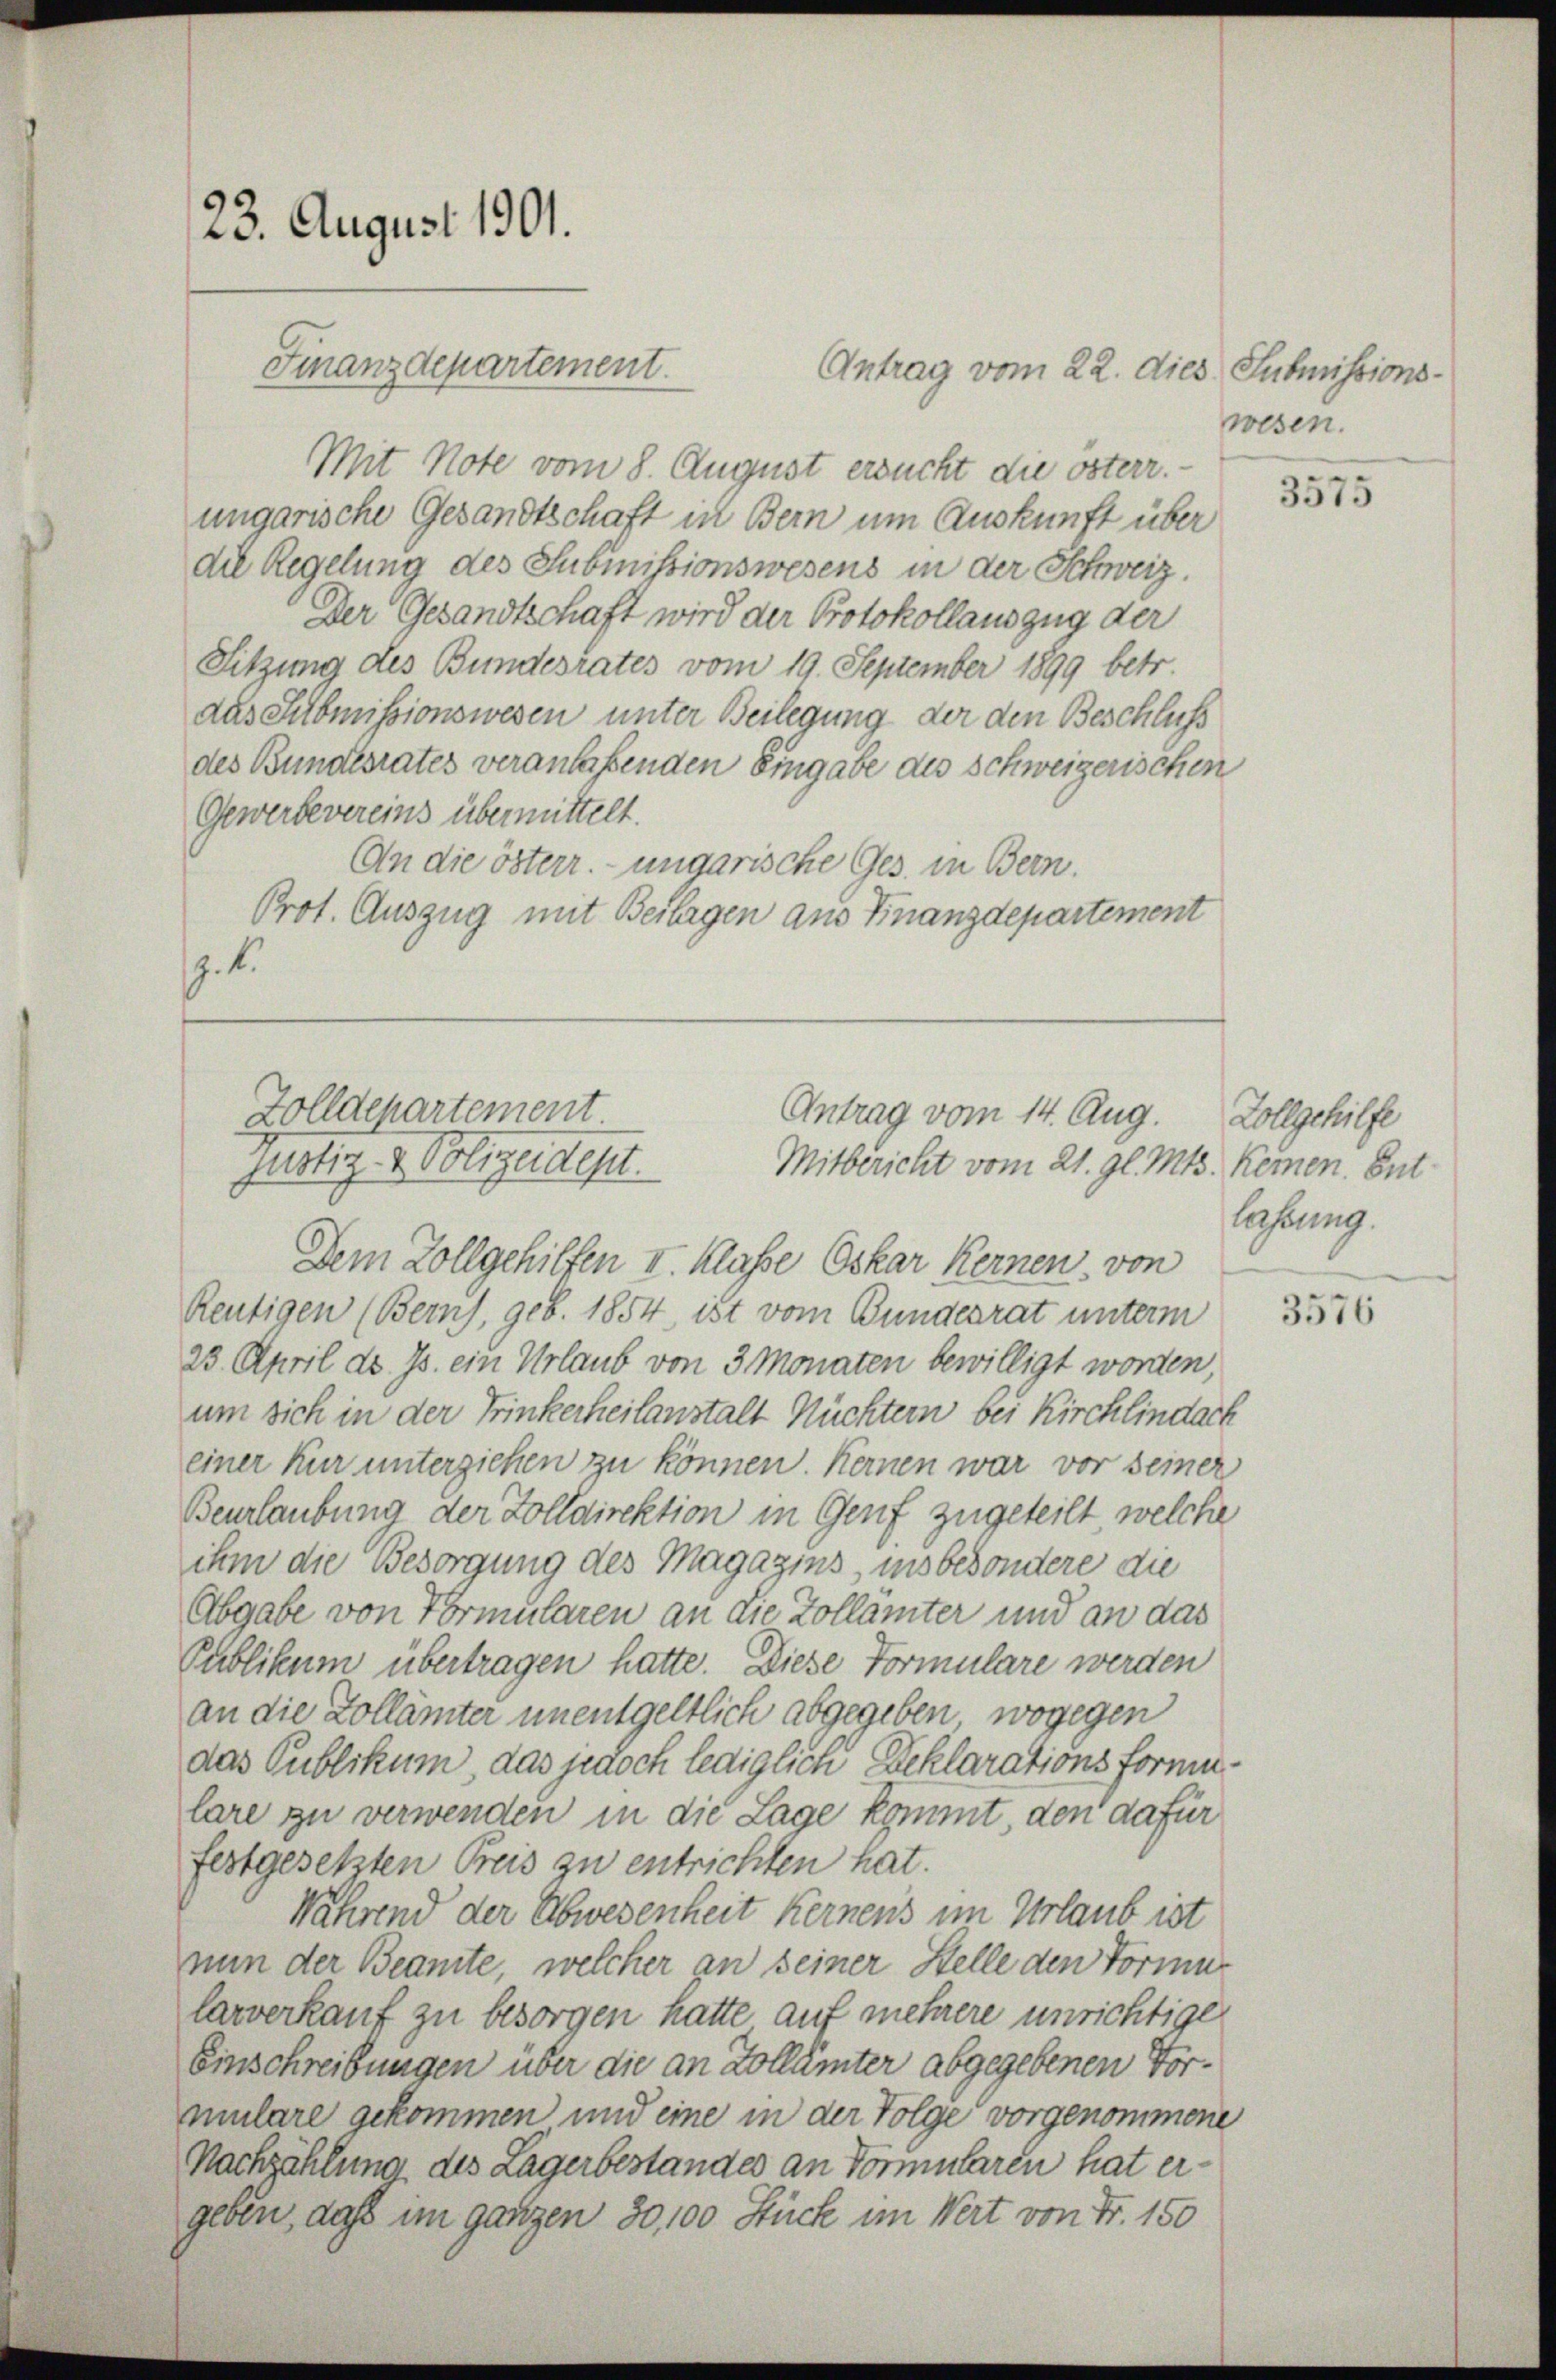
23. August 1901.

Antrag vom 22. dies Submissions-
Mit Note vom 8. August ersucht die österr.-
ungarische Gesandtschaft in Bern um Auskunft über
die Regelung des Subimissionswesens in der Schweiz.
Der Gesandtschaft wird der Protokollauszug der
Sitzung des Bundesrates vom 19. September 1899 betr.
das Submissionswesen unter Beilegung der den Beschluss
des Bundesrates veranlaßenden Eingabe des schweizerischen
Gewerbevereins übermittelt.
An die österr. ungarische Ges. in Bern.
Prot. Auszug mit Beilagen aus Finanzdepartement
z. B.

Finanzdepartement.

Zolldepartement

justiz- & Polizeidest.
Dem Zollgehilfen I. Klasse Oskar Kernen, von
Reutigen (Berns, geb. 1854, ist vom Bundesrat unterm
23. April d. Js. ein Urlaub von 3 Monaten bewilligt worden,
um sich in der Trinkerheilanstalt Nüchtern bei Kirchlindach
einer Kur unterziehen zu können. Kernen war vor seiner
Beurlaubung der Zolldirektion in Genf zugeteilt welche
ihm die Besorgung des Magazins, insbesondere die
Abgabe von Vormularen an die Zollämter und an das
Publikum übertragen hatte. Diese Formulare werden
an die Zollämter unentgeltlich abgegeben, wogegen
das Publikum, das jedoch lediglich Beklarationsforme
lare zu verwenden in die Lage kommt den dafür
festgesetzten Preis zu entrichten hat.
Während der Abwesenheit Kernens im Urlaub ist
nun der Beamte, welcher an seiner Stelle den Formu
larverkauf zu besorgen hatte auf mehrere unrichtige
Einschreibungen über die an Zollämter abgegebenen Vormulare gekommen und eine in der Folge vorgenommene
Nachzahlung des Lagerbestandes an Vormularen hat ergeben, daß im ganzen 30, 100 Stück im Wert von Fr. 150

Antrag vom 14. Aug.
Mitbericht vom 21. gl. Mts. Kernen. Ent

wesen.

3575

Vollgehilfe
lassung.

3576